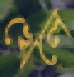
খেলে